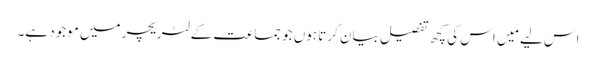
اس لیے مَیں اس کی کچھ تفصیل بیان کرتا ہوں جو جماعت کے لٹریچر میں موجود ہے۔